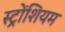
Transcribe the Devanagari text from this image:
स्ट्रोंशियम